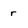
Character: r